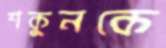
শকুনকে